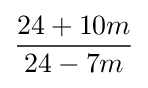
{\frac {24+10m}{24-7m}}